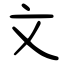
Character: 文